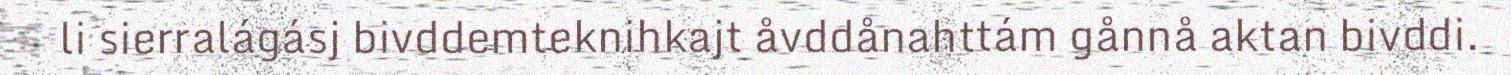
li sierralágásj bivddemteknihkajt åvddånahttám gånnå aktan bivddi.